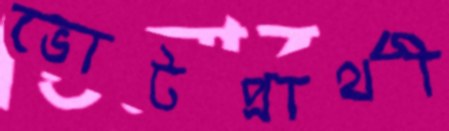
ভোটপ্রার্থী